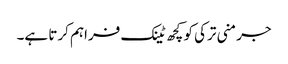
جرمنی ترکی کو کچھ ٹینک فراہم کرتا ہے۔